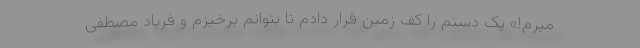
میرم!» یک دستم را کف زمین قرار دادم تا بتوانم برخیزم و فریاد مصطفی